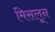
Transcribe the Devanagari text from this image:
मिसलून